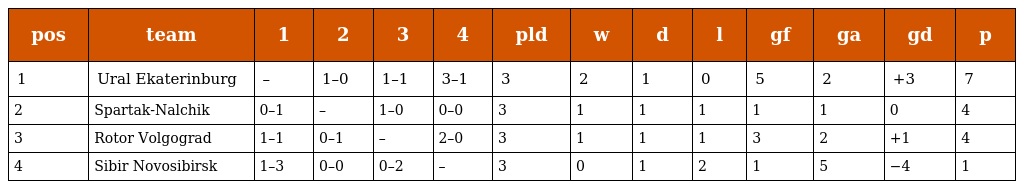
| pos | team | 1 | 2 | 3 | 4 | pld | w | d | l | gf | ga | gd | p |
 | --- | --- | --- | --- | --- | --- | --- | --- | --- | --- | --- | --- | --- | --- |
 | 1 | Ural Ekaterinburg | – | 1–0 | 1–1 | 3–1 | 3 | 2 | 1 | 0 | 5 | 2 | +3 | 7 |
 | 2 | Spartak-Nalchik | 0–1 | – | 1–0 | 0–0 | 3 | 1 | 1 | 1 | 1 | 1 | 0 | 4 |
 | 3 | Rotor Volgograd | 1–1 | 0–1 | – | 2–0 | 3 | 1 | 1 | 1 | 3 | 2 | +1 | 4 |
 | 4 | Sibir Novosibirsk | 1–3 | 0–0 | 0–2 | – | 3 | 0 | 1 | 2 | 1 | 5 | −4 | 1 |